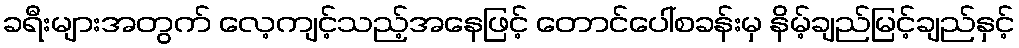
ခရီးများအတွက် လေ့ကျင့်သည့်အနေဖြင့် တောင်ပေါ်စခန်းမှ နိမ့်ချည်မြင့်ချည်နှင့်